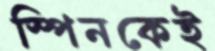
স্পিনকেই